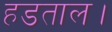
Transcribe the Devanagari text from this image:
हडताल।